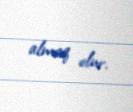
almaq olur.